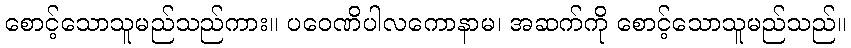
စောင့်သောသူမည်သည်ကား။ ပဝေဏိပါလကောနာမ၊ အဆက်ကို စောင့်သောသူမည်သည်။